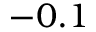
- 0 . 1